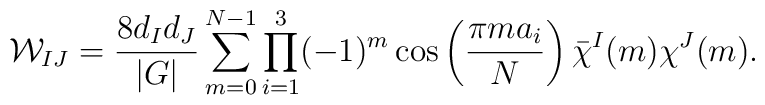
{\cal W}_{IJ} = \frac{8d_Id_J}{|G|}\sum_{m=0}^{N-1}\prod_{i=1}^3 (-1)^m \cos\left(\frac{\pi m a_i}{N}\right)\bar{\chi}^I(m)\chi^J(m).